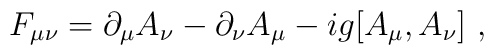
F_{\mu\nu}= \partial_\mu A_\nu - \partial_\nu A_\mu            - i g [A_\mu,A_\nu]\ ,